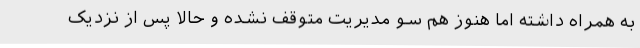
به همراه داشته اما هنوز هم سو مدیریت متوقف نشده و حالا پس از نزدیک